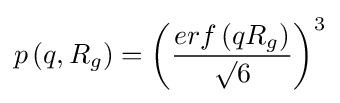
p\left(q,R_{g}\right)=\left({\frac {erf\left(qR_{g}\right)}{\surd 6}}\right)^{3}